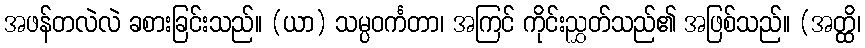
အဖန်တလဲလဲ ခစားခြင်းသည်။ (ယာ) သမ္ပဝင်္ကတာ၊ အကြင် ကိုင်းညွှတ်သည်၏ အဖြစ်သည်။ (အတ္ထိ၊